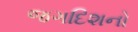
જગદિશનો